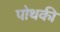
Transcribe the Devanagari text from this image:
पोथकी